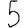
Digit: 5